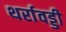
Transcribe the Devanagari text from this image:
थर्रावड्डी